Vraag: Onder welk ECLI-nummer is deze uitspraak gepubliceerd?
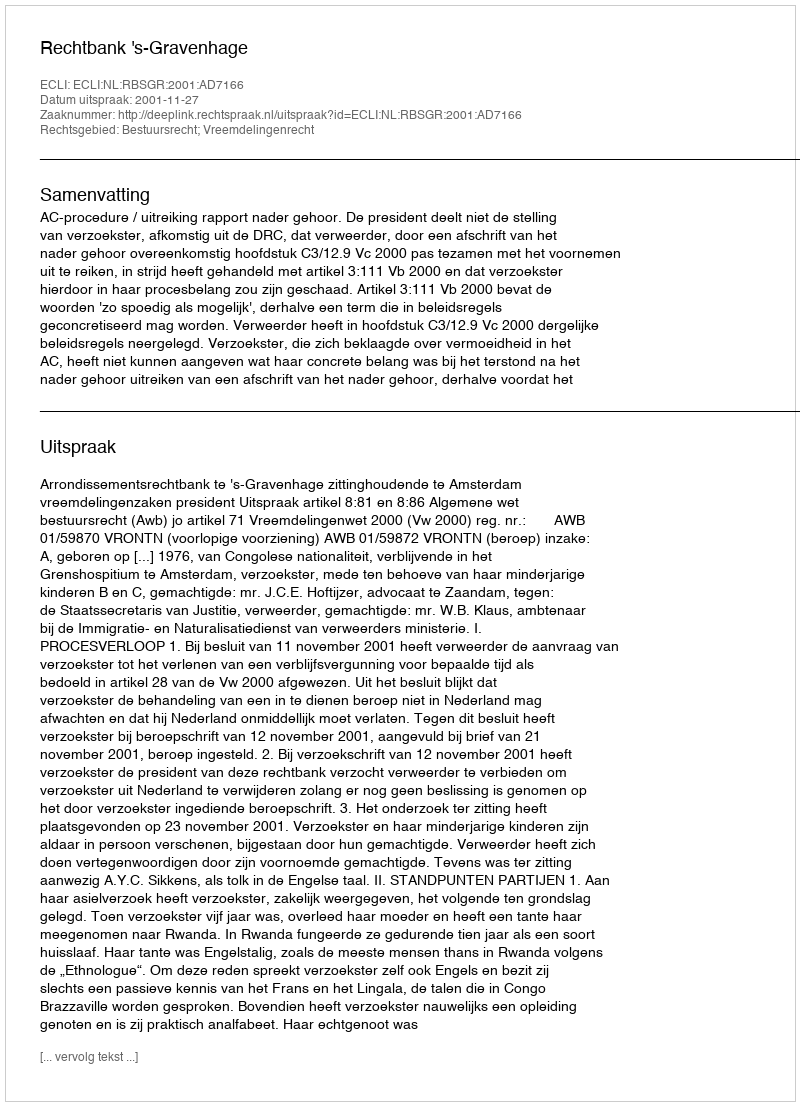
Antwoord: ECLI:NL:RBSGR:2001:AD7166